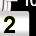
Digit: 2